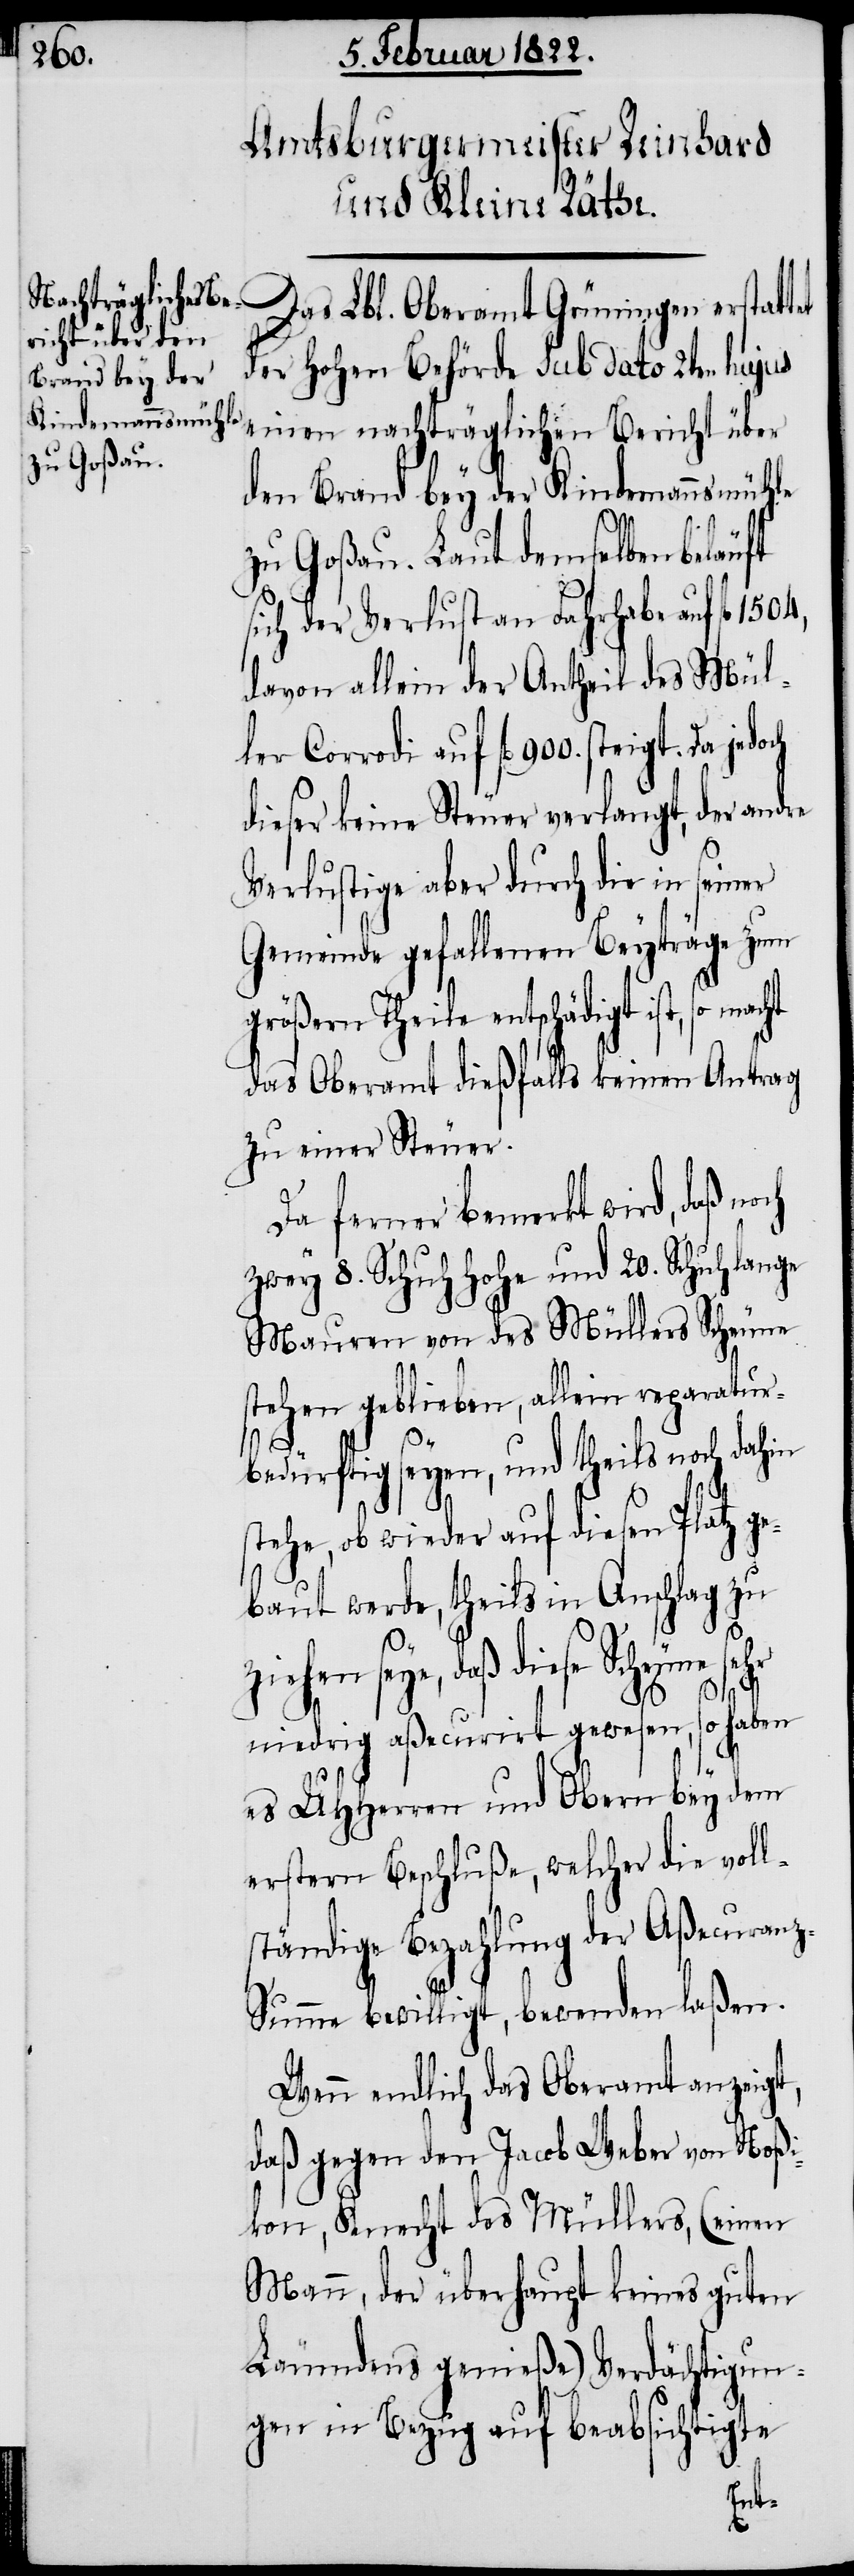
Das Lbl. Oberamt Grüningen erstatt¬
der hohen Behörde sub dato 2ten hujus
einen nachträglichen Bericht über
den Brand bey der Kindermannsmühle
zu Goßau. Laut demselben beläuft
sich der Verlust an Fahrhabe auf fl.
davon allein der Antheil des Mül¬
ler Corrodi auf fl. 900. steigt. Da
dieser keine Steuer verlangt, der andre
Verlustige aber durch die in seine
Gemeinde gefallenen Beyträge zum
größern Theile entschädigt ist, so
das Oberamt dießfalls keinen Antrag
zu einer Steuer.
Da ferner bemerkt wird, daß no¬
zwey 8. Schuh hohe und 20. Schuh lange
[sic!] von des Müllers Scheune
stehen geblieben, allein reparatur¬
bedürftig seyen, und theils noch dahin
stehe, ob wieder auf diesen Platz ge¬
baut werde, theils in Anschlag zu
ziehen sey, daß diese Scheune sehr
ch
et
niedrig aßecurirt gewesen, so haben
es UHHerren und Obern bey dem
erstern Beschluße, welcher die voll¬
ständige Bezahlung der Aßecuran¬
z-Summe bewilligt, bewenden laßen.
Wenn endlich das Oberamt anzeigt,
daß gegen den Jacob Weber von Noßi¬
kon, Knecht des Müllers (einen
Mann, der überhaupt keines guten
Läumdens genieße) Verdächtigun¬
gen in Bezug auf beabsichtigte